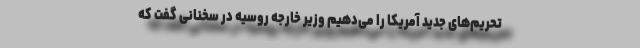
تحریم‌های جدید آمریکا را می‌دهیم وزیر خارجه روسیه در سخنانی گفت که